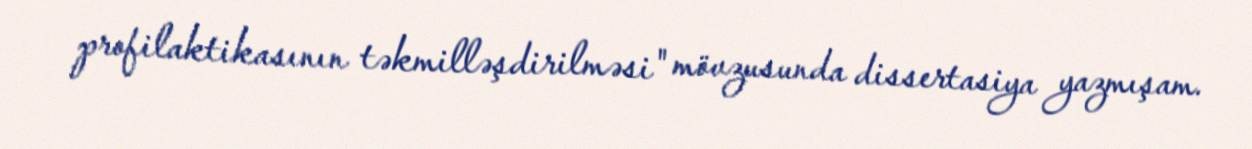
profilaktikasının təkmilləşdirilməsi" mövzusunda dissertasiya yazmışam.